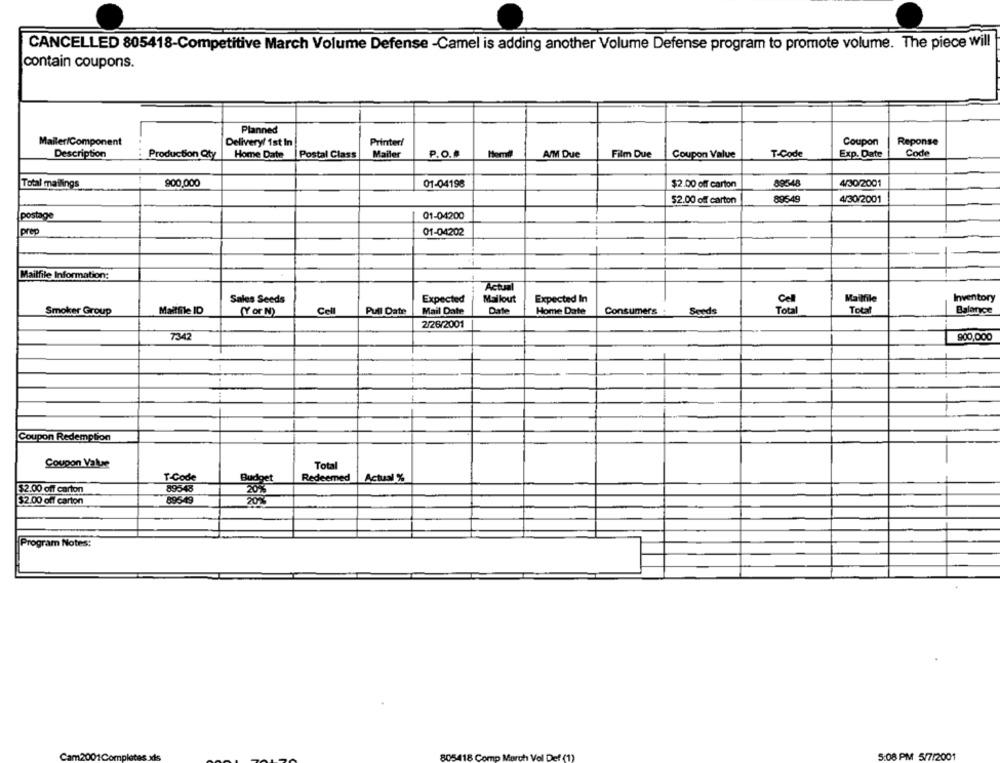
CANCELLED 805418-Competitive March Volume Defense -Camel is adding another Volume Defense program to promote volume. The piece will
contain coupons.
Planned
Mailer/Component
Delivery/ 1st In
Printed!
Coupon
Reponse
Mailer
T-Code
Exp. Date
Code
Description
Production Qty
Home Date |Postal Class
P.O.#
A/M Due
Film Due
Coupon Value
Total mailings
900,000
01-04198
$2.00 off carton
89548
4/30/2001
89649
4/30/2001
$2.00 off carton
postage
01-04200
prep
01-04202
-
Mailfile Information:
Actual
Mailout
Expected In
Cell
Mailfile
Inventory
Sales Seeds
Expected
Smoker Group
Maitfile ID
(Y or N)
Cell
Pull Date
Mail Date
Date
Home Date
Consumers . Seeds
Total
Total
Balance
2/26/2001
7342
900,000
Coupon Redemption
Coupon Value
Total
T-Code
Redeemed
Actual %
89548
$2.00 off carton
$2.00 off carton
89549
Program Notes:
Can
Com
5:08 PM 5/7/2001
805418 Comp March Val Def (1)